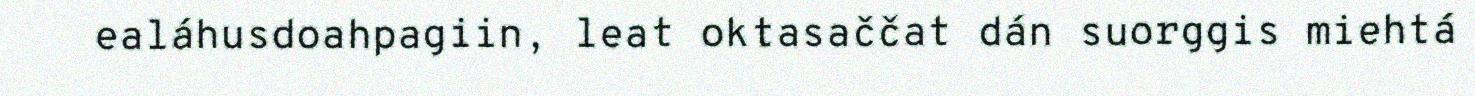
ealáhusdoahpagiin, leat oktasaččat dán suorggis miehtá